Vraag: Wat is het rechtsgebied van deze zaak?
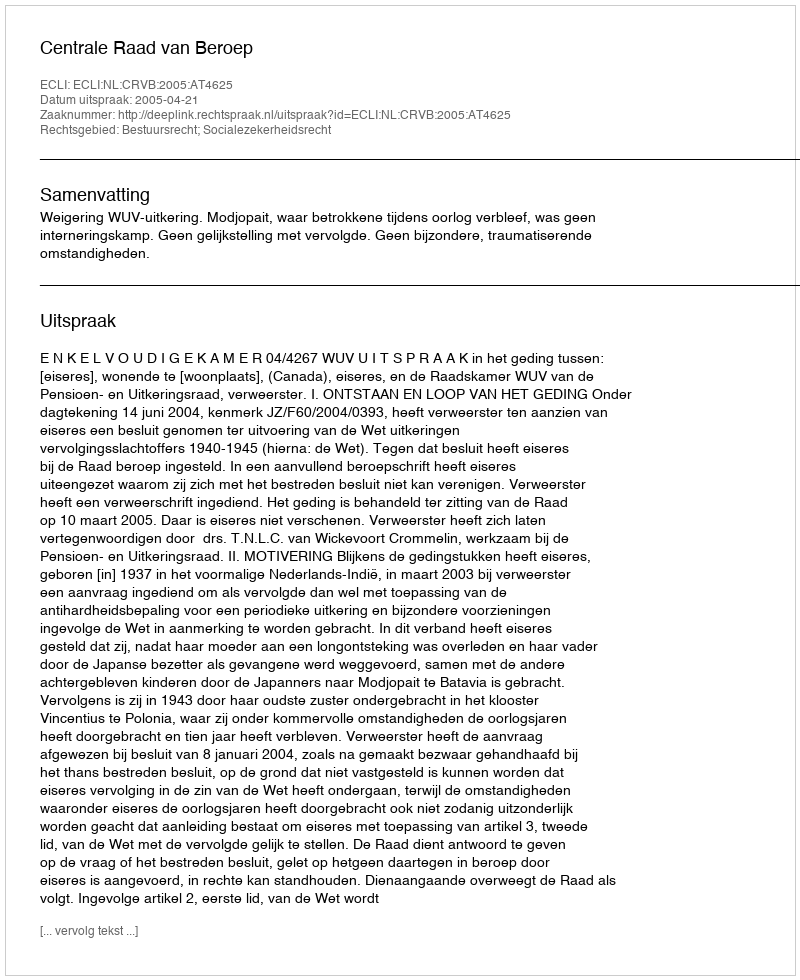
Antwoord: Bestuursrecht; Socialezekerheidsrecht